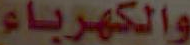
والكهرباء